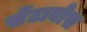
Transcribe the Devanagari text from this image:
सेंटावोस